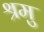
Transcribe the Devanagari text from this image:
श्रमु